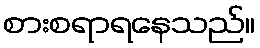
စားစရာရနေသည်။